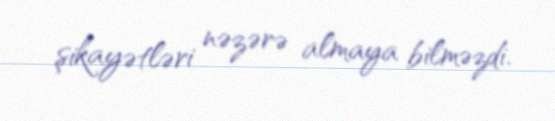
şikayətləri nəzərə almaya bilməzdi.